Vaccination in Bombay 1869-1873 - 1869-1873
Year: 1869
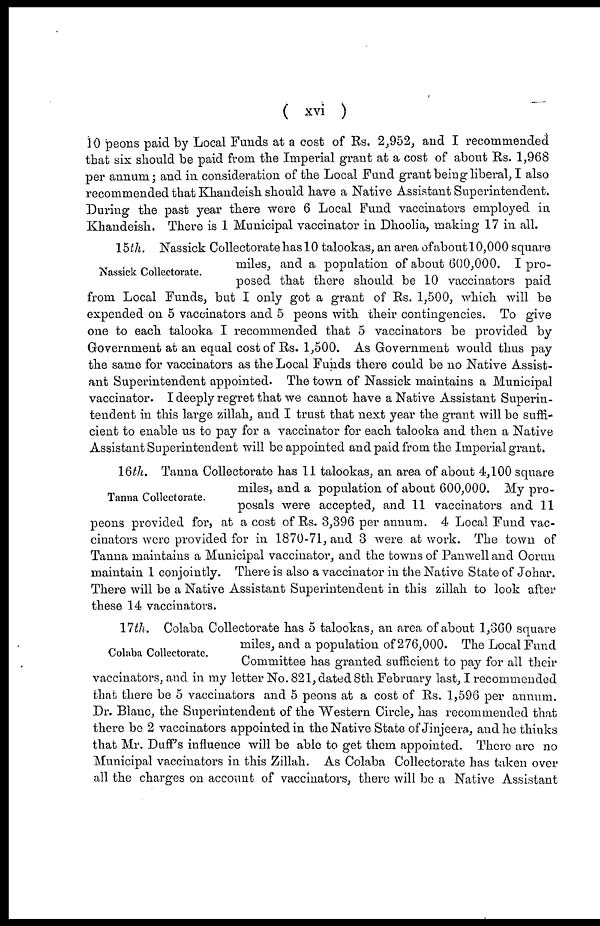
( xvi )
10 peons paid by Local Funds at a cost of Rs. 2,952, and I recommended
that six should be paid from the Imperial grant at a cost of about Rs. 1,968
per annum; and in consideration of the Local Fund grant being liberal, I also
recommended that Khandeish should have a Native Assistant Superintendent.
During the past year there were 6 Local Fund vaccinators employed in
Khandeish. There is 1 Municipal vaccinator in Dhoolia, making 17 in all.
Nassick Collectorate.
15th. Nassick Collectorate has 10 talookas, an area ofabout 10,000 square
miles, and a population of about 600,000. I pro-
posed that there should be 10 vaccinators paid
from Local Funds, but I only got a grant of Rs. 1,500, which will be
expended on 5 vaccinators and 5 peons with their contingencies. To give
one to each talooka I recommended that 5 vaccinators be provided by
Government at an equal cost of Rs. 1,500. As Government would thus pay
the same for vaccinators as the Local Funds there could be no Native Assist-
ant Superintendent appointed. The town of Nassick maintains a Municipal
vaccinator. I deeply regret that we cannot have a Native Assistant Superin-
tendent in this large zillah, and I trust that next year the grant will be suffi-
cient to enable us to pay for a vaccinator for each talooka and then a Native
Assistant Superintendent will be appointed and paid from the Imperial grant.
Tanna Collectorate.
16th. Tanna Collectorate has 11 talookas, an area of about 4,100 square
miles, and a population of about 600,000. My pro-
posals were accepted, and 11 vaccinators and 11
peons provided for, at a cost of Rs. 3,396 per annum. 4 Local Fund vac-
cinators were provided for in 1870-71, and 3 were at work. The town of
Tanna maintains a Municipal vaccinator, and the towns of Panwell and Oorun
maintain 1 conjointly. There is also a vaccinator in the Native State of Johar.
There will be a Native Assistant Superintendent in this zillah to look after
these 14 vaccinators.
Colaba Collectorate.
17 th. Colaba Collectorate has 5 talookas, an area of about 1,360 square
miles, and a population of 276,000. The Local Fund
Committee has granted sufficient to pay for all their
vaccinators, and in my letter No. 821, dated 8th February last, I recommended
that there be 5 vaccinators and 5 peons at a cost of Rs. 1,596 per annum.
Dr. Blanc, the Superintendent of the Western Circle, has recommended that
there be 2 vaccinators appointed in the Native State of Jinjeera, and he thinks
that Mr. Duff's influence will be able to get them appointed. There arc no
Municipal vaccinators in this Zillah. As Colaba Collectorate has taken over
all the charges on account of vaccinators, there will be a Native Assistant